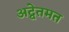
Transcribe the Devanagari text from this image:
अद्वेतमत